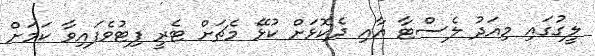
ލީގުގައި މިއަދު ލެސްޓާ އާއި ދެކޮޅަށް ކުޅޭ މެޗަށް ޓެރީ ފިޓުވެފައިވާ ކަމަށް